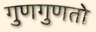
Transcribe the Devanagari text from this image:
गुणगुणतो